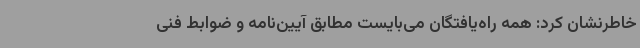
خاطرنشان کرد: همه راه‌یافتگان می‌بایست مطابق آیین‌نامه و ضوابط فنی